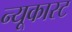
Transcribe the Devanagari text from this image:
न्यूकास्ट